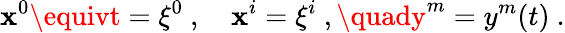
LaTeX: \mathbf{x}^{0}\equivt=\xi^{0}\ ,\quad\mathbf{x}^{i}=\xi^{i}\ ,\quady^{m}=y^{m}(t)\ .